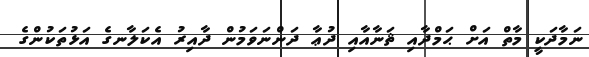
ނަމާދަކީ މާތް އަށް ޙަމްދާއި ޘަނާއާއި ދުޢާ ދަންނަވަމުން ދާއިރު އެކަލާނގެ އަޅުތަކުންގެ